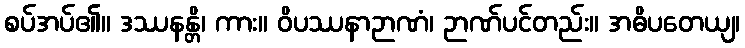
စပ်အပ်၏။ ဒဿနန္တိ၊ ကား။ ဝိပဿနာဉာဏံ၊ ဉာဏ်ပင်တည်း။ အဓိပတေယျ၊